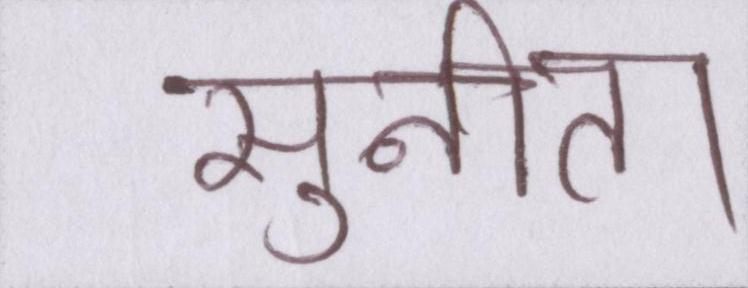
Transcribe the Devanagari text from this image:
सुनीता